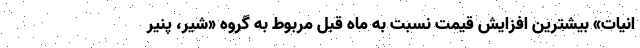
انیات» بیشترین افزایش قیمت نسبت به ماه قبل مربوط به گروه «شیر، پنیر